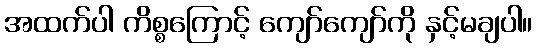
အထက်ပါ ကိစ္စကြောင့် ကျော်ကျော်ကို နှင့်မချပါ။